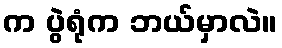
က ပွဲရုံက ဘယ်မှာလဲ။